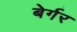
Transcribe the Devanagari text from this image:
बेर्गर